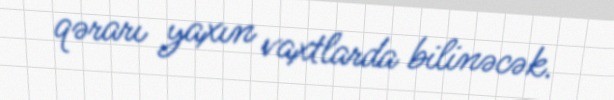
qərarı yaxın vaxtlarda bilinəcək.